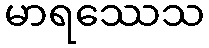
မာရဿေသ